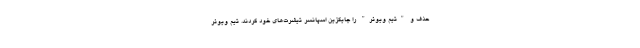
حذف و "تیم ویوئر" را جایگزین اسپانسر تیشرت‌های خود کردند. تیم ویوئر